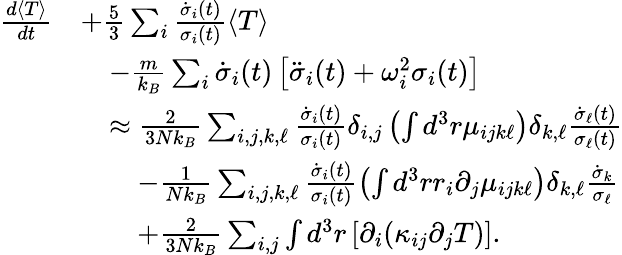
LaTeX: \begin{array}{rl}{\frac{d\langle T\rangle}{dt}}&{+\frac{5}{3}\sum_{i}\frac{\dot{\sigma}_{i}(t)}{\sigma_{i}(t)}\langle T\rangle}\\ &{\quad-\frac{m}{k_{B}}\sum_{i}\dot{\sigma}_{i}(t)\left[\ddot{\sigma}_{i}(t)+\omega_{i}^{2}\sigma_{i}(t)\right]}\\ &{\quad\approx\frac{2}{3Nk_{B}}\sum_{i,j,k,\ell}\frac{\dot{\sigma}_{i}(t)}{\sigma_{i}(t)}\delta_{i,j}\left(\int d^{3}r\mu_{ijk\ell}\right)\delta_{k,\ell}\frac{\dot{\sigma}_{\ell}(t)}{\sigma_{\ell}(t)}}\\ &{\quad\quad-\frac{1}{Nk_{B}}\sum_{i,j,k,\ell}\frac{\dot{\sigma}_{i}(t)}{\sigma_{i}(t)}\left(\int d^{3}rr_{i}\partial_{j}\mu_{ijk\ell}\right)\delta_{k,\ell}\frac{\dot{\sigma}_{k}}{\sigma_{\ell}}}\\ &{\quad\quad+\frac{2}{3Nk_{B}}\sum_{i,j}\int d^{3}r\left[\partial_{i}(\kappa_{ij}\partial_{j}T)\right].}\end{array}